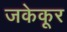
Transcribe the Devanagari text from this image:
जकेकूर